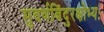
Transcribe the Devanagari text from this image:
सुवर्णबिंदुरक्षोभ्यः